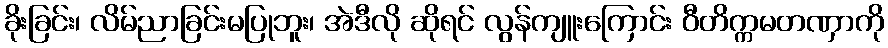
ခိုးခြင်း၊ လိမ်ညာခြင်းမပြုဘူး၊ အဲဒီလို ဆိုရင် လွန်ကျူးကြောင်း ဝီတိက္ကမတဏှာကို